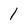
Character: 1